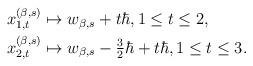
LaTeX: \begin{align*}\begin{aligned} & x^{(\beta,s)}_{1,t}\mapsto w_{\beta,s}+t\hbar,1\leq t\leq 2,\\ & x^{(\beta,s)}_{2,t}\mapsto w_{\beta,s}-\tfrac{3}{2}\hbar+t\hbar, 1\leq t\leq 3.\end{aligned}\end{align*}